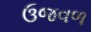
ઉજવળ